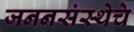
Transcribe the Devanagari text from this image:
जननसंस्थेचे